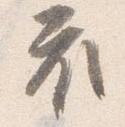
衣